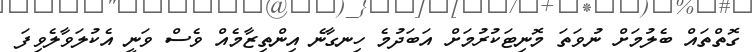
ގޮތްތައް ބެލުމަށް ނުވަތަ މޮނިޓަކުރުމަށް އަބަދުމެ ހިނގާނެ އިންތިޒާމެއް ވެސް ވަނީ އެކުލަވާލެވިފަ